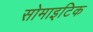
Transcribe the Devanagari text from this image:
सोमाइटिक